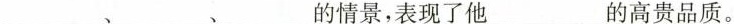
___、___、___的情景，表现了他___的高贵品质。